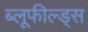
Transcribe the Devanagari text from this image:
ब्लूफील्ड्स